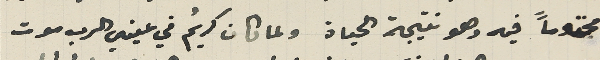
محتوماً فيه وهو نتيجة الحياة ولما كان كريمُ في عيني الرب موت